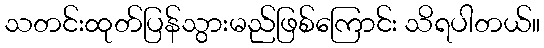
သတင်းထုတ်ပြန်သွားမည်ဖြစ်ကြောင်း သိရပါတယ်။